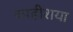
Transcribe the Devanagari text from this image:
काहीशया